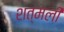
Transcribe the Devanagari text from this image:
शत्मली